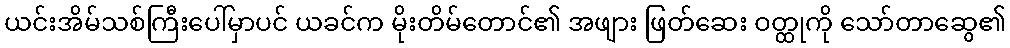
ယင်းအိမ်သစ်ကြီးပေါ်မှာပင် ယခင်က မိုးတိမ်တောင်၏ အဖျား ဖြတ်ဆေး ဝတ္ထုကို သော်တာဆွေ၏